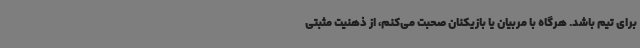
برای تیم باشد. هرگاه با مربیان یا بازیکنان صحبت می‌کنم، از ذهنیت مثبتی